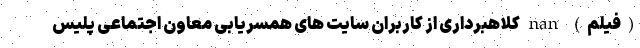
(فیلم) nan کلاهبرداری از کاربران سایت های همسریابی معاون اجتماعی پلیس